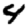
Digit: 4